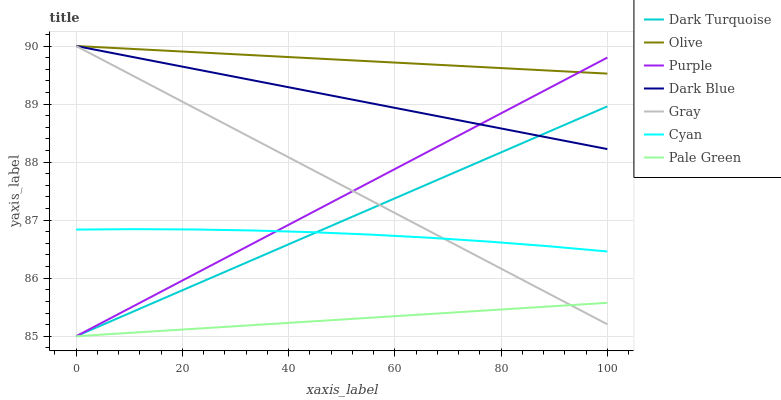
| xaxis_label | Dark Turquoise | Olive | Purple | Dark Blue | Gray | Cyan | Pale Green |
 | --- | --- | --- | --- | --- | --- | --- | --- |
 | 0 | 85 | 90 | 85 | 90 | 90 | 86.8 | 85 |
 | 11.1 | 85.4 | 89.9 | 85.5 | 89.8 | 89.5 | 86.8 | 85.1 |
 | 22.2 | 85.9 | 89.9 | 86.1 | 89.6 | 88.9 | 86.8 | 85.1 |
 | 33.3 | 86.3 | 89.8 | 86.6 | 89.4 | 88.4 | 86.8 | 85.2 |
 | 44.4 | 86.8 | 89.8 | 87.1 | 89.2 | 87.9 | 86.8 | 85.3 |
 | 55.6 | 87.2 | 89.7 | 87.7 | 89 | 87.3 | 86.8 | 85.3 |
 | 66.7 | 87.6 | 89.7 | 88.2 | 88.8 | 86.8 | 86.7 | 85.4 |
 | 77.8 | 88.1 | 89.6 | 88.7 | 88.6 | 86.3 | 86.6 | 85.4 |
 | 88.9 | 88.5 | 89.6 | 89.3 | 88.4 | 85.7 | 86.6 | 85.5 |
 | 100 | 89 | 89.5 | 89.8 | 88.2 | 85.2 | 86.5 | 85.6 |